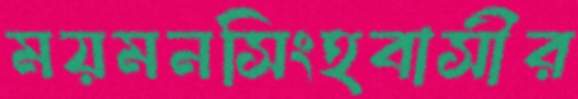
ময়মনসিংহবাসীর